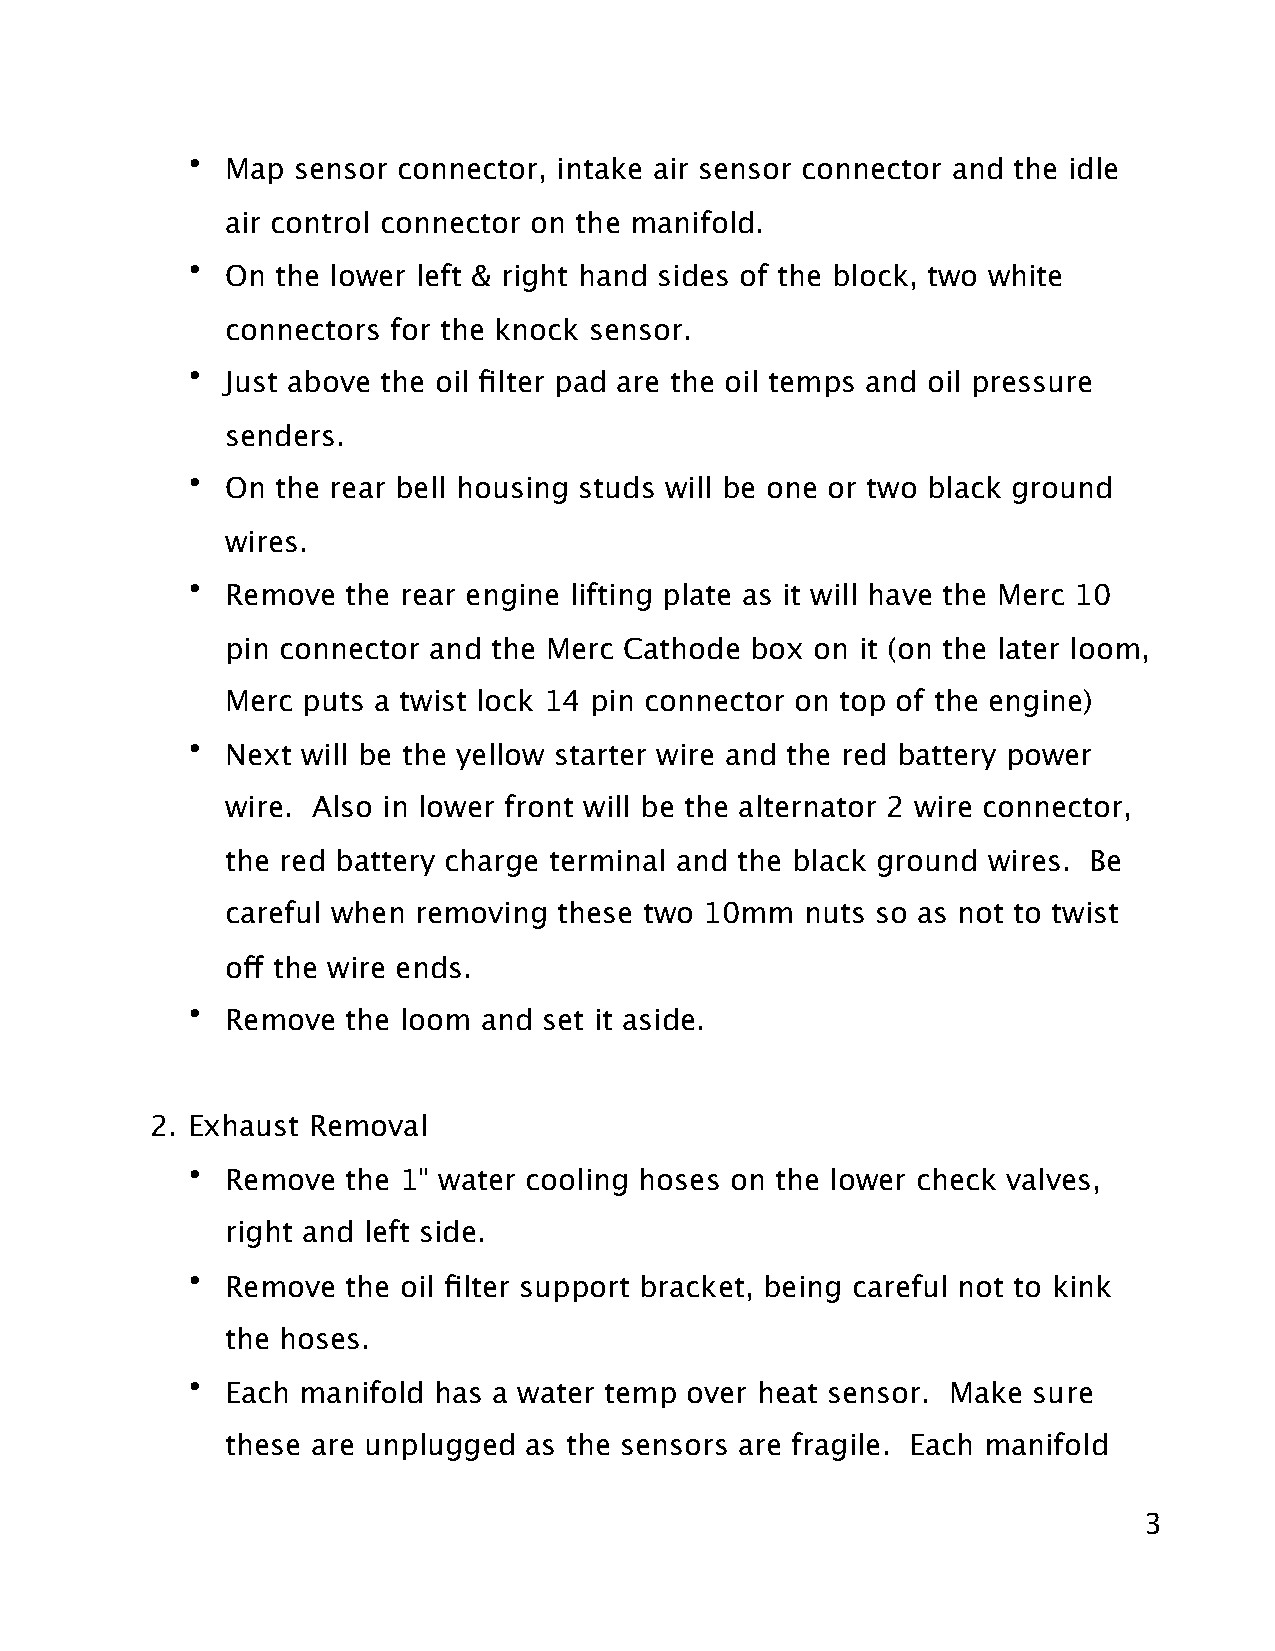
•  Map sensor connector, intake air sensor connector and the idle
 air control connector on the manifold.
 •  On the lower left & right hand sides of the block, two white
 connectors for the knock sensor.
 •  Just above the oil filter pad are the oil temps and oil pressure
 senders.
 •  On the rear bell housing studs will be one or two black ground
 wires.
 •  Remove  the rear engine lifting plate as it will have the Merc 10
 pin connector and the Merc Cathode box on it (on the later loom,
 Merc puts a twist lock 14 pin connector on top of the engine)
 •  Next will be the yellow starter wire and the red battery power
 wire. Also in lower front will be the alternator 2 wire connector,
 the red battery charge terminal and the black ground wires. Be
 careful when removing these two 10mm  nuts so as not to twist
 off the wire ends.
 •  Remove  the loom and set it aside.
 2. Exhaust Removal
 •  Remove  the 1" water cooling hoses on the lower check valves,
 right and left side.
 •  Remove  the oil filter support bracket, being careful not to kink
 the hoses.
 •  Each manifold has a water temp over heat sensor. Make sure
 these are unplugged as the sensors are fragile. Each manifold
 3